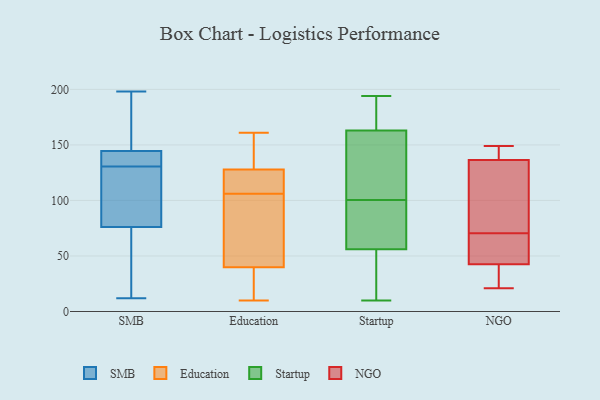
{"axis": {"x": "Revenue (USD Million)", "y": "Value"}, "legend": ["Education", "NGO", "SMB", "Startup"], "data": [{"x": "", "y": 143, "type": "SMB"}, {"x": "", "y": 139, "type": "SMB"}, {"x": "", "y": 89, "type": "SMB"}, {"x": "", "y": 194, "type": "SMB"}, {"x": "", "y": 77, "type": "SMB"}, {"x": "", "y": 143, "type": "SMB"}, {"x": "", "y": 14, "type": "SMB"}, {"x": "", "y": 12, "type": "SMB"}, {"x": "", "y": 135, "type": "SMB"}, {"x": "", "y": 159, "type": "SMB"}, {"x": "", "y": 64, "type": "SMB"}, {"x": "", "y": 82, "type": "SMB"}, {"x": "", "y": 126, "type": "SMB"}, {"x": "", "y": 138, "type": "SMB"}, {"x": "", "y": 111, "type": "SMB"}, {"x": "", "y": 198, "type": "SMB"}, {"x": "", "y": 146, "type": "SMB"}, {"x": "", "y": 75, "type": "SMB"}, {"x": "", "y": 52, "type": "SMB"}, {"x": "", "y": 163, "type": "SMB"}, {"x": "", "y": 10, "type": "Education"}, {"x": "", "y": 130, "type": "Education"}, {"x": "", "y": 10, "type": "Education"}, {"x": "", "y": 150, "type": "Education"}, {"x": "", "y": 42, "type": "Education"}, {"x": "", "y": 54, "type": "Education"}, {"x": "", "y": 115, "type": "Education"}, {"x": "", "y": 102, "type": "Education"}, {"x": "", "y": 106, "type": "Education"}, {"x": "", "y": 161, "type": "Education"}, {"x": "", "y": 114, "type": "Education"}, {"x": "", "y": 148, "type": "Education"}, {"x": "", "y": 39, "type": "Education"}, {"x": "", "y": 121, "type": "Education"}, {"x": "", "y": 24, "type": "Education"}, {"x": "", "y": 10, "type": "Startup"}, {"x": "", "y": 194, "type": "Startup"}, {"x": "", "y": 185, "type": "Startup"}, {"x": "", "y": 61, "type": "Startup"}, {"x": "", "y": 67, "type": "Startup"}, {"x": "", "y": 11, "type": "Startup"}, {"x": "", "y": 157, "type": "Startup"}, {"x": "", "y": 169, "type": "Startup"}, {"x": "", "y": 51, "type": "Startup"}, {"x": "", "y": 76, "type": "Startup"}, {"x": "", "y": 125, "type": "Startup"}, {"x": "", "y": 137, "type": "Startup"}, {"x": "", "y": 32, "type": "NGO"}, {"x": "", "y": 21, "type": "NGO"}, {"x": "", "y": 53, "type": "NGO"}, {"x": "", "y": 25, "type": "NGO"}, {"x": "", "y": 149, "type": "NGO"}, {"x": "", "y": 137, "type": "NGO"}, {"x": "", "y": 136, "type": "NGO"}, {"x": "", "y": 77, "type": "NGO"}, {"x": "", "y": 54, "type": "NGO"}, {"x": "", "y": 133, "type": "NGO"}, {"x": "", "y": 148, "type": "NGO"}, {"x": "", "y": 64, "type": "NGO"}]}